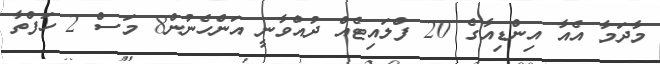
މާދަމާ އެއާ އިންޑިއާގެ 20 ފްލައިޓެއް ދުއްވާނީ އަންހެނުން8 މަސް 2 ހަފްތާ